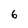
Character: 6